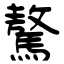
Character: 驁